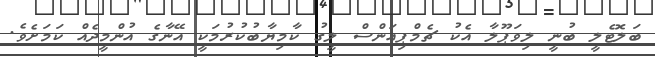
ބަލޮޓެލީ ބުނީ ލިވަޕޫލާ އެކު ޗެމްޕިއަންސް ލީގު ކާމިޔާބުކުރުމަކީ އޭނާގެ އުންމީދެއް ކަމަށެވެ.